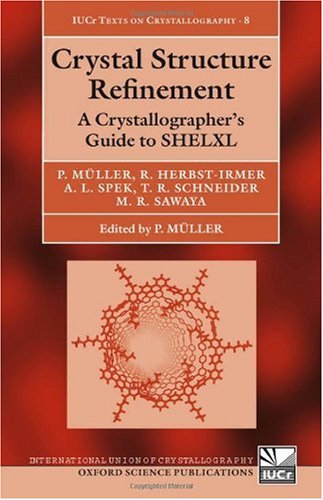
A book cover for Crystal Structure Refinement: A Crystallographer's Guide to SHELXL (International Union of Crystallography Texts on Crystallography); Peter MÃ¼ller; Science & Math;